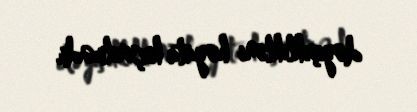
dəyişiklikləri həyata keçirilmədi.